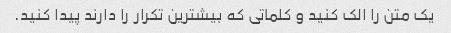
یک متن را الک کنید و کلماتی که بیشترین تکرار را دارند پیدا کنید.